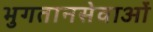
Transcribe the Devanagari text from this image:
भुगतानसेवाओं